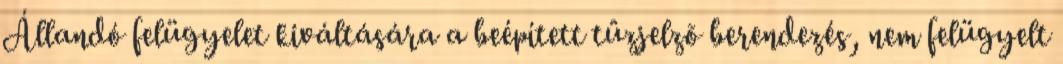
Állandó felügyelet kiváltására a beépített tûzjelzõ berendezés, nem felügyelt